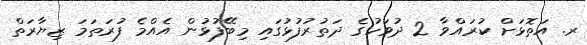
ރ. އަތޮޅަށް ކުރައްވާ 2 ދުވަހުގެ ދަތުރުފުޅުގައި މިބޭފުޅުން އެއްމެ ފުރަތަމަ ޒިޔާރަތް